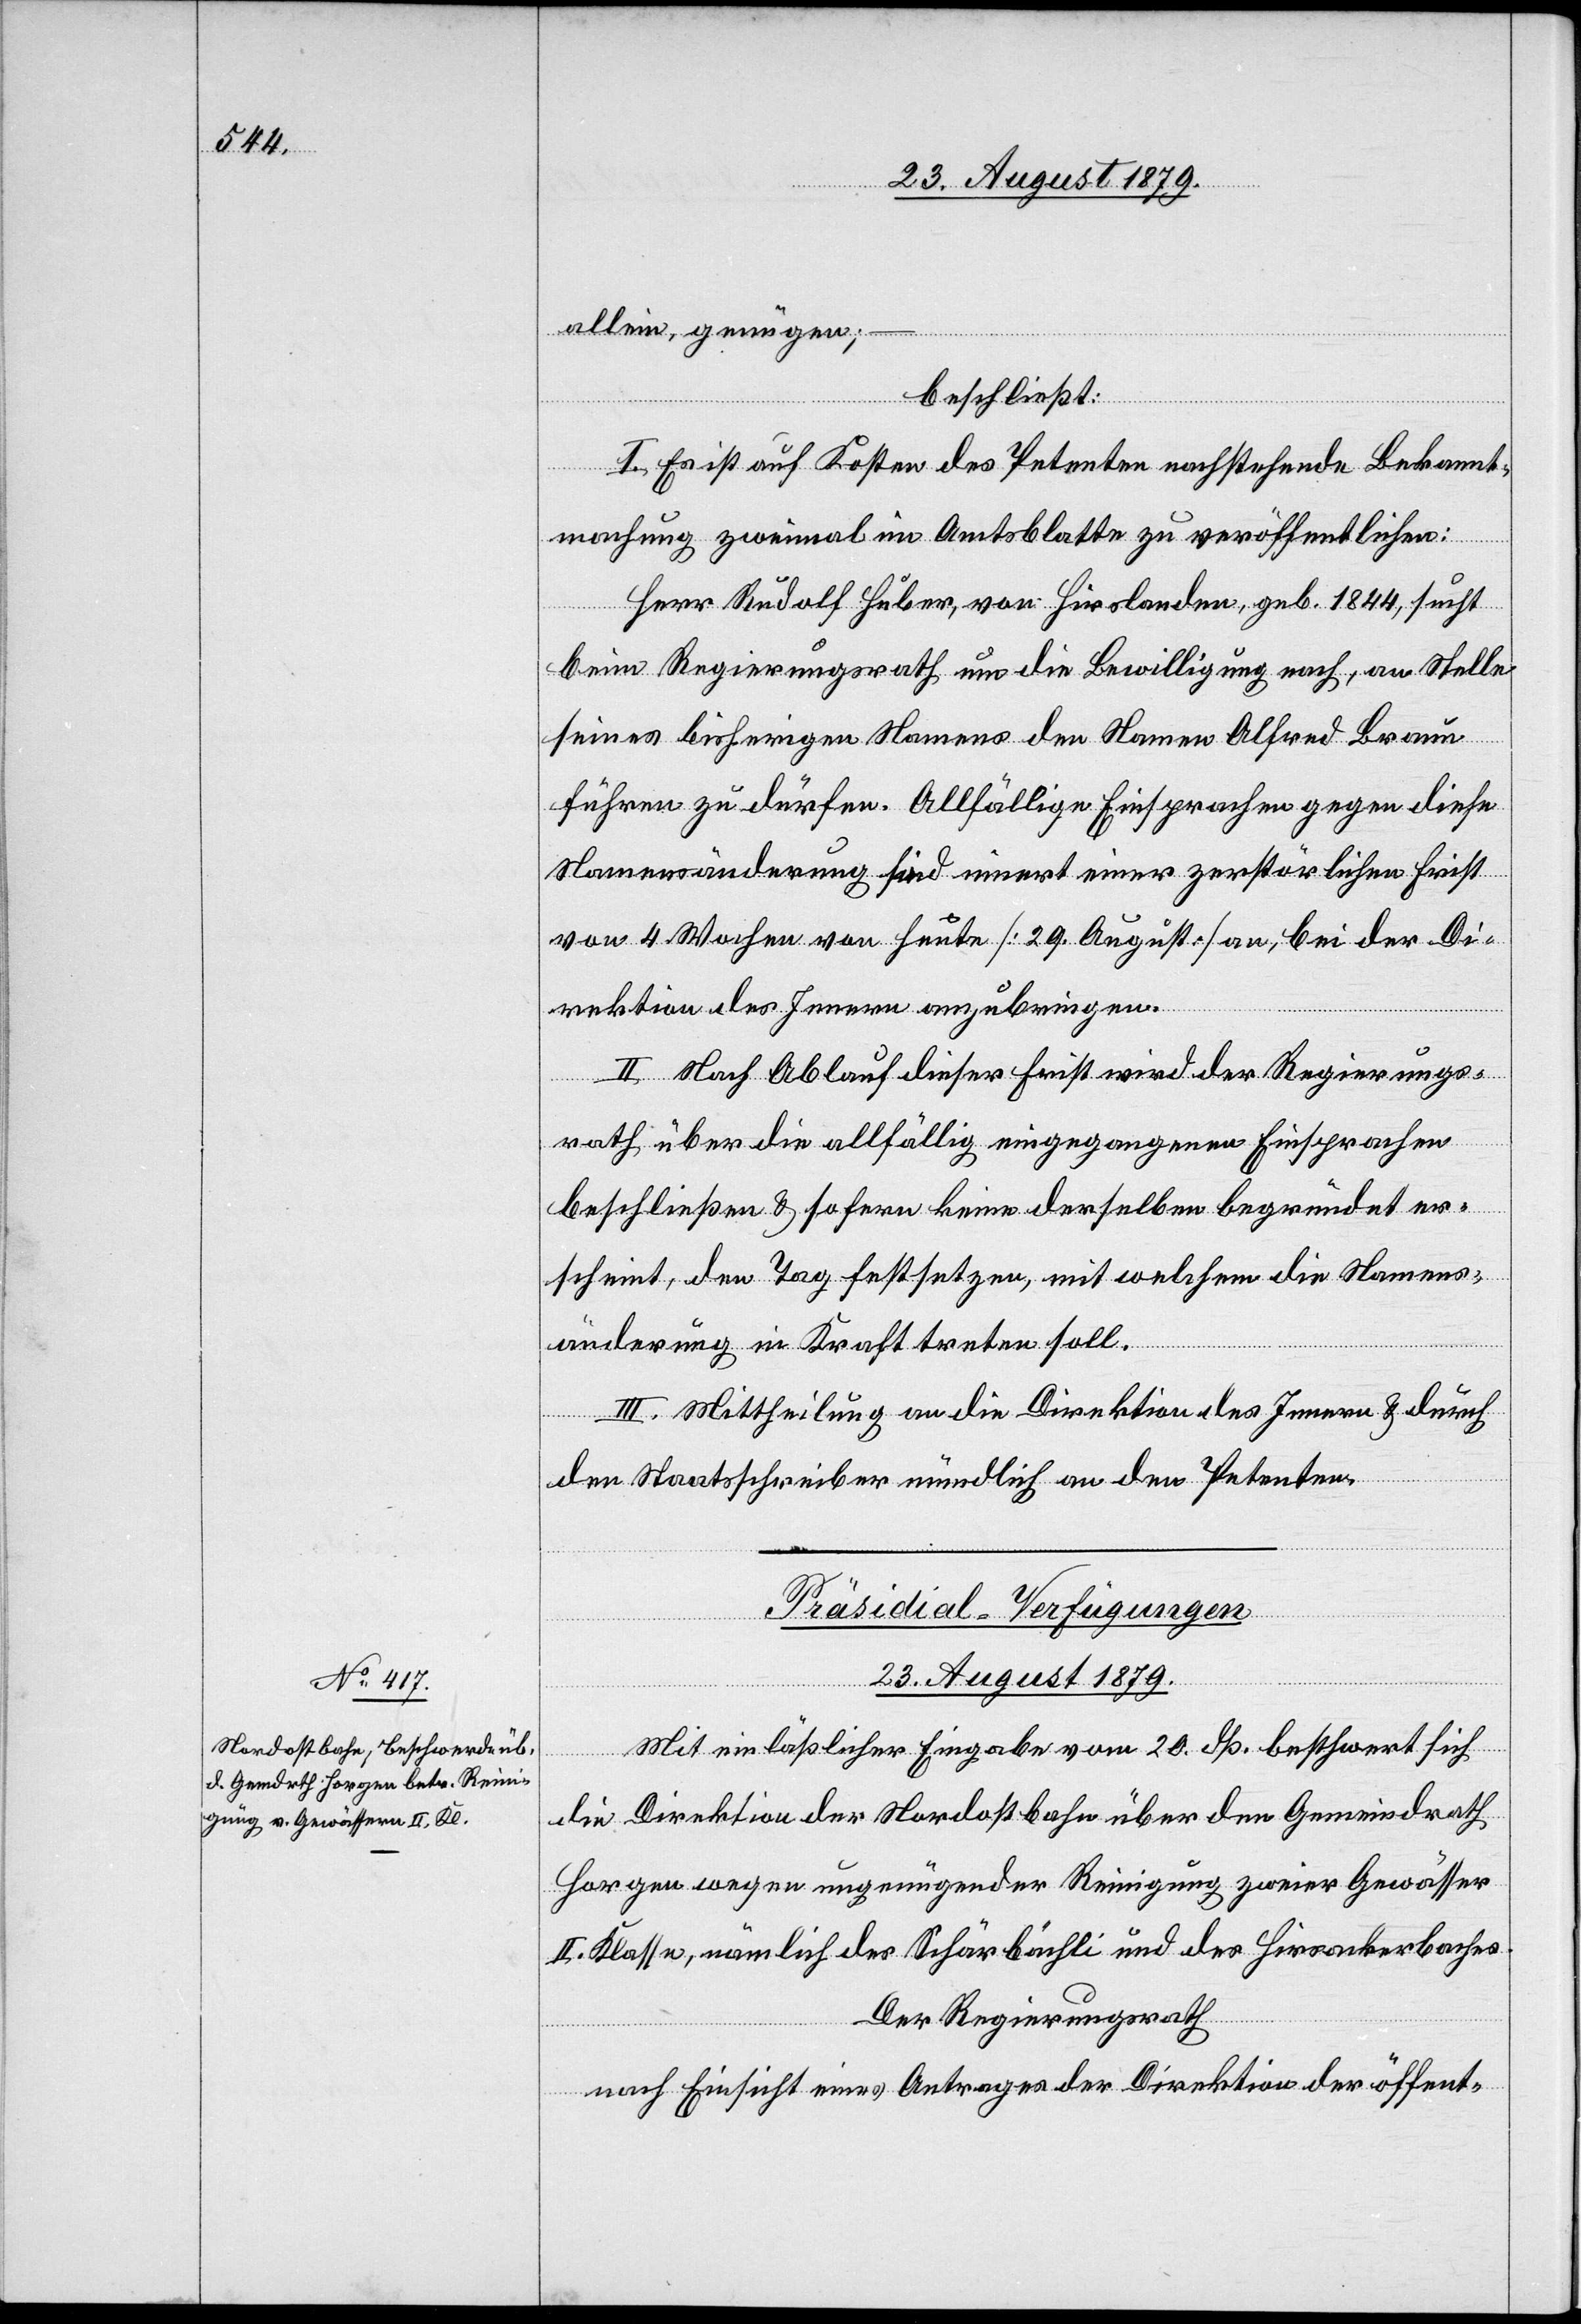
allein, genügen; –
beschließt:
I. Es ist auf Kosten des Petenten nachstehende Bekannt¬
machung zweimal im Amtsblatte zu veröffentlichen:
Herr Rudolf Huber, von Hirslanden, geb. 1844, sucht
beim Regierungsrath um die Bewilligung nach, an Stelle
seines bisherigen Namens den Namen Alfred Braun
führen zu dürfen. Allfällige Einsprachen gegen diese
Namensänderung sind innert einer zerstörlichen Frist
von 4 Wochen von heute [29. August] an, bei der Di¬
rektion des Innern anzubringen.
II. Nach Ablauf dieser Frist wird der Regierungs¬
rath über die allfällig eingegangenen Einsprachen
beschließen & sofern keine derselben begründet er¬
scheint, den Tag festsetzen, mit welchem die Namens¬
änderung in Kraft treten soll.
III. Mittheilung an die Direktion des Innern & durch
den Staatsschreiber mündlich an den Petenten.
Präsidial-Verfügungen
23. August 1879.
Mit einlässlicher Eingabe vom 20. dß beschwert sich
die Direktion der Nordostbahn über den Gemeindrath
Horgen wegen ungenügender Reinigung zweier Gewässer
II. Klasse, nämlich des Schärbächlis und des Hirsackerbaches.
Der Regierungsrath
nach Einsicht eines Antrages der Direktion der öffent-